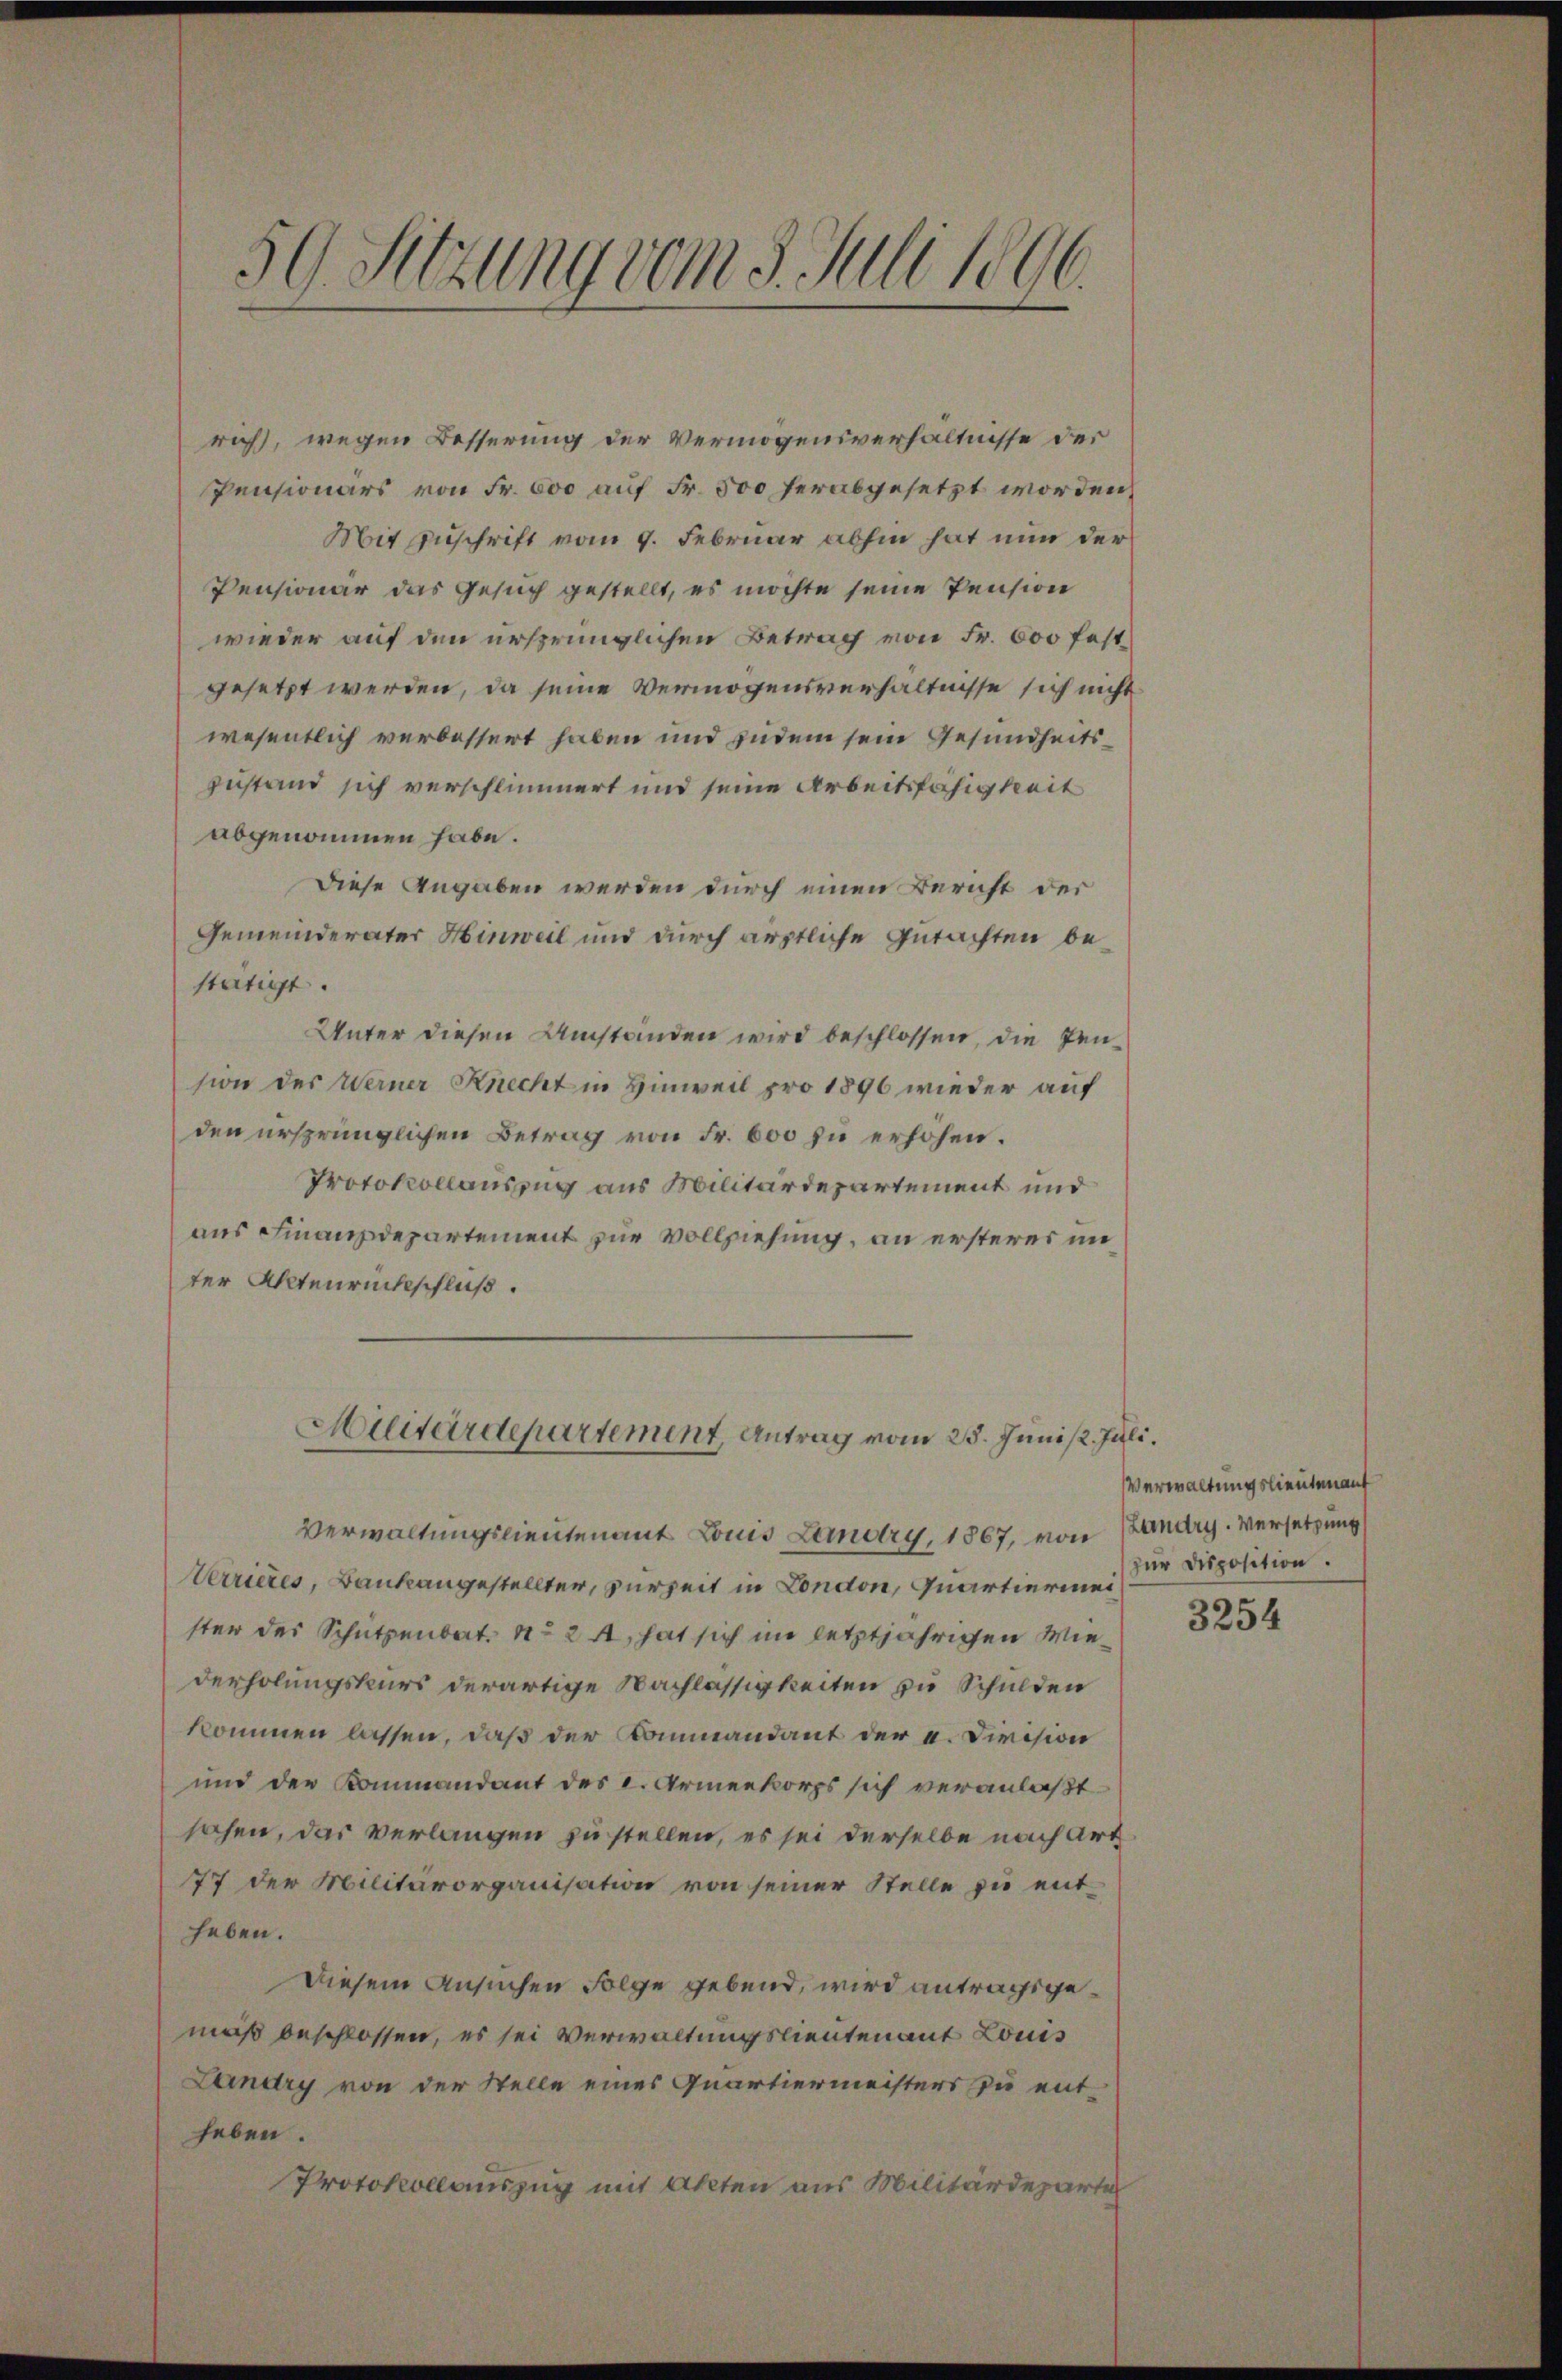
rich, wegen Besserung der Vermögensverhältnisse des
Pensionärs von Fr. 600 auf Fr. 500 herabgesetzt worden,
Mit Zuschrift vom 9. Februar abhin hat nun der
Pensionär das Gesuch gestellt, es möchte seine Pension
wieder auf den ursprünglichen Betrag von Fr. 600 festgesetzt werden, da seine Vermögensverhältnisse sich nicht
wesentlich verbessert haben und zudem sein Gesundheits
Zustand sich verschlimmert und seine Arbeitsfähigkeit
abgenommen habe.
Diese Angaben werden durch einen Bericht der
Gemeinderater Hinweil und durch ärztliche Gutachten bestätigt.
Unter diesen Umständen wird beschlossen, die Jension des Werner Knecht in Hinweil pro 1896 wieder auf
den ursprünglichen Betrag von Fr. 600 zu erhöhen.
Protokollauszug aus Militärdepartement und
aus Finanzdepartement zur Vollziehung, an ersteres unter Aktenrückschluß.
Militärdepartement, Antrag vom 25. Junist. Juli.
Verwaltungslieutenant Louis Landry, 1867, von Landry. Versetzung
Verrieres, Bankangestellter, zurzeit in London, Quartiermeister des Schutzenbat. No 2 A, hat sich im letztjährigen Wiederholungskurs derartige Nachlässigkeiten zu Schulden
kommen lassen, daß der Commandant der a. Diession
und der Kommandant des L. Armeekorps sich veranlaßt
sahen, das verlangen zu stellen, es sei derselbe nach Art
77 der Militärorganisation von seiner Stelle zu ent-
heben.
Diesem Ansuchen Folge gebend, wird antragsgemäß beschlossen, es sei Verwaltungslieutenant Louis
Landry von der Stelle eines Quartiermeisters zu ent-
heben.
Protokollauszug mit Akten aus Militärdeparte

59. Sitzung vom 5. Juli 1896.

Verwaltungslieutenant
zur Disposition.

3254